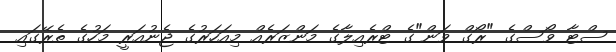
ސްޓާ ވޯސްގެ "ރޯގް ވަން"ގެ ޓްރެއިލާގެ މަންޒަރެއް މިއަހަރުގެ ޖެނުއަރީ މަހުގެ ތެރޭގައި